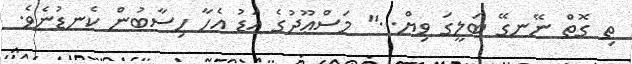
ތި ގޮތް ނޭނގޭ ބަލީގަ ވިޔް..." މަސްޢޫދުގެ އަޑު އެހާ ހިސާބުން ކެނޑުނެވެ.